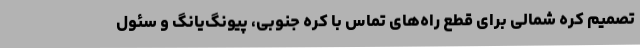
تصمیم کره شمالی برای قطع راه‌های تماس با کره جنوبی، پیونگ‌یانگ و سئول